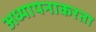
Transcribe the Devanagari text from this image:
अध्यापनाकरता